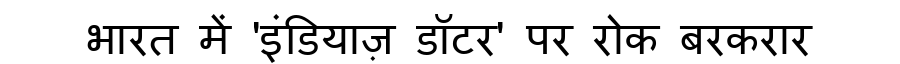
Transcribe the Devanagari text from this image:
भारत में 'इंडियाज़ डॉटर' पर रोक बरकरार